Annual administration report of the Civil Veterinary Department of India - 1896-1897
Year: 1896
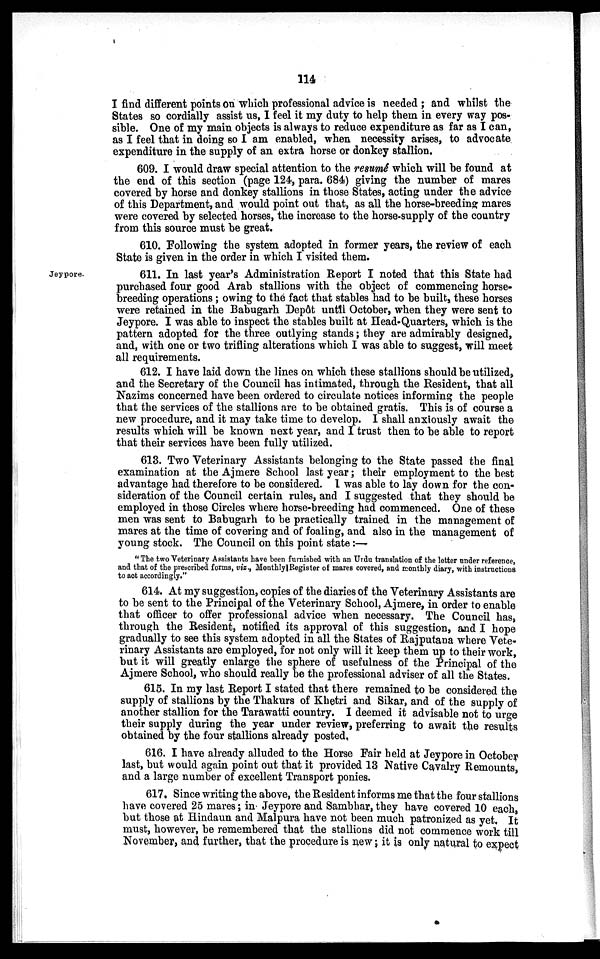
114
I find different points on which professional advice is needed; and whilst the
States so cordially assist us, I feel it my duty to help them in every way pos-
sible. One of my main objects is always to reduce expenditure as far as I can,
as I feel that in doing so I am enabled, when necessity arises, to advocate
expenditure in the supply of an extra horse or donkey stallion.
609. I would draw special attention to the resumé which will be found at
the end of this section (page 124, para. 684) giving the number of mares
covered by horse and donkey stallions in those States, acting under the advice
of this Department, and would point out that, as all the horse-breeding mares
were covered by selected horses, the increase to the horse-supply of the country
from this source must be great.
610. Following the system adopted in former years, the review of each
State is given in the order in which I visited them.
Jeypore.
611. In last year's Administration Report I noted that this State had
purchased four good Arab stallions with the object of commencing horse-
breeding operations; owing to the fact that stables had to be built, these horses
were retained in the Babugarh Depôt until October, when they were sent to
Jeypore. I was able to inspect the stables built at Head Quarters, which is the
pattern adopted for the three outlying stands; they are admirably designed,
and, with one or two trifling alterations which I was able to suggest, will meet
all requirements.
612. I have laid down the lines on which these stallions should be utilized,
and the Secretary of the Council has intimated, through the Resident, that all
Nazims concerned have been ordered to circulate notices informing the people
that the services of the stallions are to be obtained gratis. This is of course a
new procedure, and it may take time to develop. I shall anxiously await the
results which will be known next year, and I trust then to be able to report
that their services have been fully utilized.
613. Two Veterinary Assistants belonging to the State passed the final
examination at the Ajmere School last year; their employment to the best
advantage had therefore to be considered. I was able to lay down for the con-
sideration of the Council certain rules, and I suggested that they should be
employed in those Circles where horse-breeding had commenced. One of these
men was sent to Babugarh to be practically trained in the management of
mares at the time of covering and of foaling, and also in the management of
young stock. The Council on this point state :—
"The two Veterinary Assistants have been furnished with an Urdu translation of the letter under reference,
and that of the prescribed forms, viz., Monthly Register of mares covered, and monthly diary, with instructions
to act accordingly."
614. At my suggestion, copies of the diaries of the Veterinary Assistants are
to be sent to the Principal of the Veterinary School, Ajmere, in order to enable
that officer to offer professional advice when necessary. The Council has,
through the Resident, notified its approval of this suggestion, and I hope
gradually to see this system adopted in all the States of Rajputana where Vete-
rinary Assistants are employed, for not only will it keep them up to their work,
but it will greatly enlarge the sphere of usefulness of the Principal of the
Ajmere School, who should really be the professional adviser of all the States.
615. In my last Report I stated that there remained to be considered the
supply of stallions by the Thakurs of Khetri and Sikar, and of the supply of
another stallion for the Tarawatti country. I deemed it advisable not to urge
their supply during the year under review, preferring to await the results
obtained by the four stallions already posted.
616. I have already alluded to the Horse Fair held at Jeypore in October
last, but would again point out that it provided 13 Native Cavalry Remounts,
and a large number of excellent Transport ponies.
617. Since writing the above, the Resident informs me that the four stallions
have covered 25 mares; in Jeypore and Sambhar, they have covered 10 each,
but those at Hindaun and Malpura have not been much patronized as yet. It
must, however, be remembered that the stallions did not commence work till
November, and further, that the procedure is new; it is only natural to expect